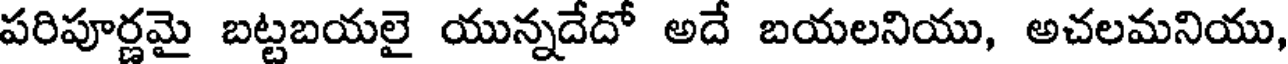
పరిపూర్ణమై బట్టబయలై యున్నదేదో అదే బయలనియు, అచలమనియు,